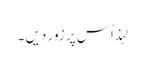
لہذ اُس پر زور دیں ۔